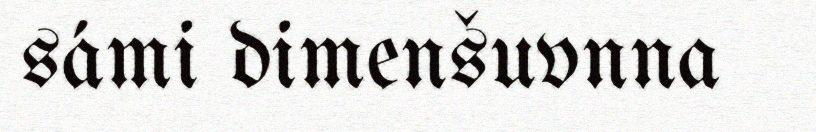
sámi dimenšuvnna